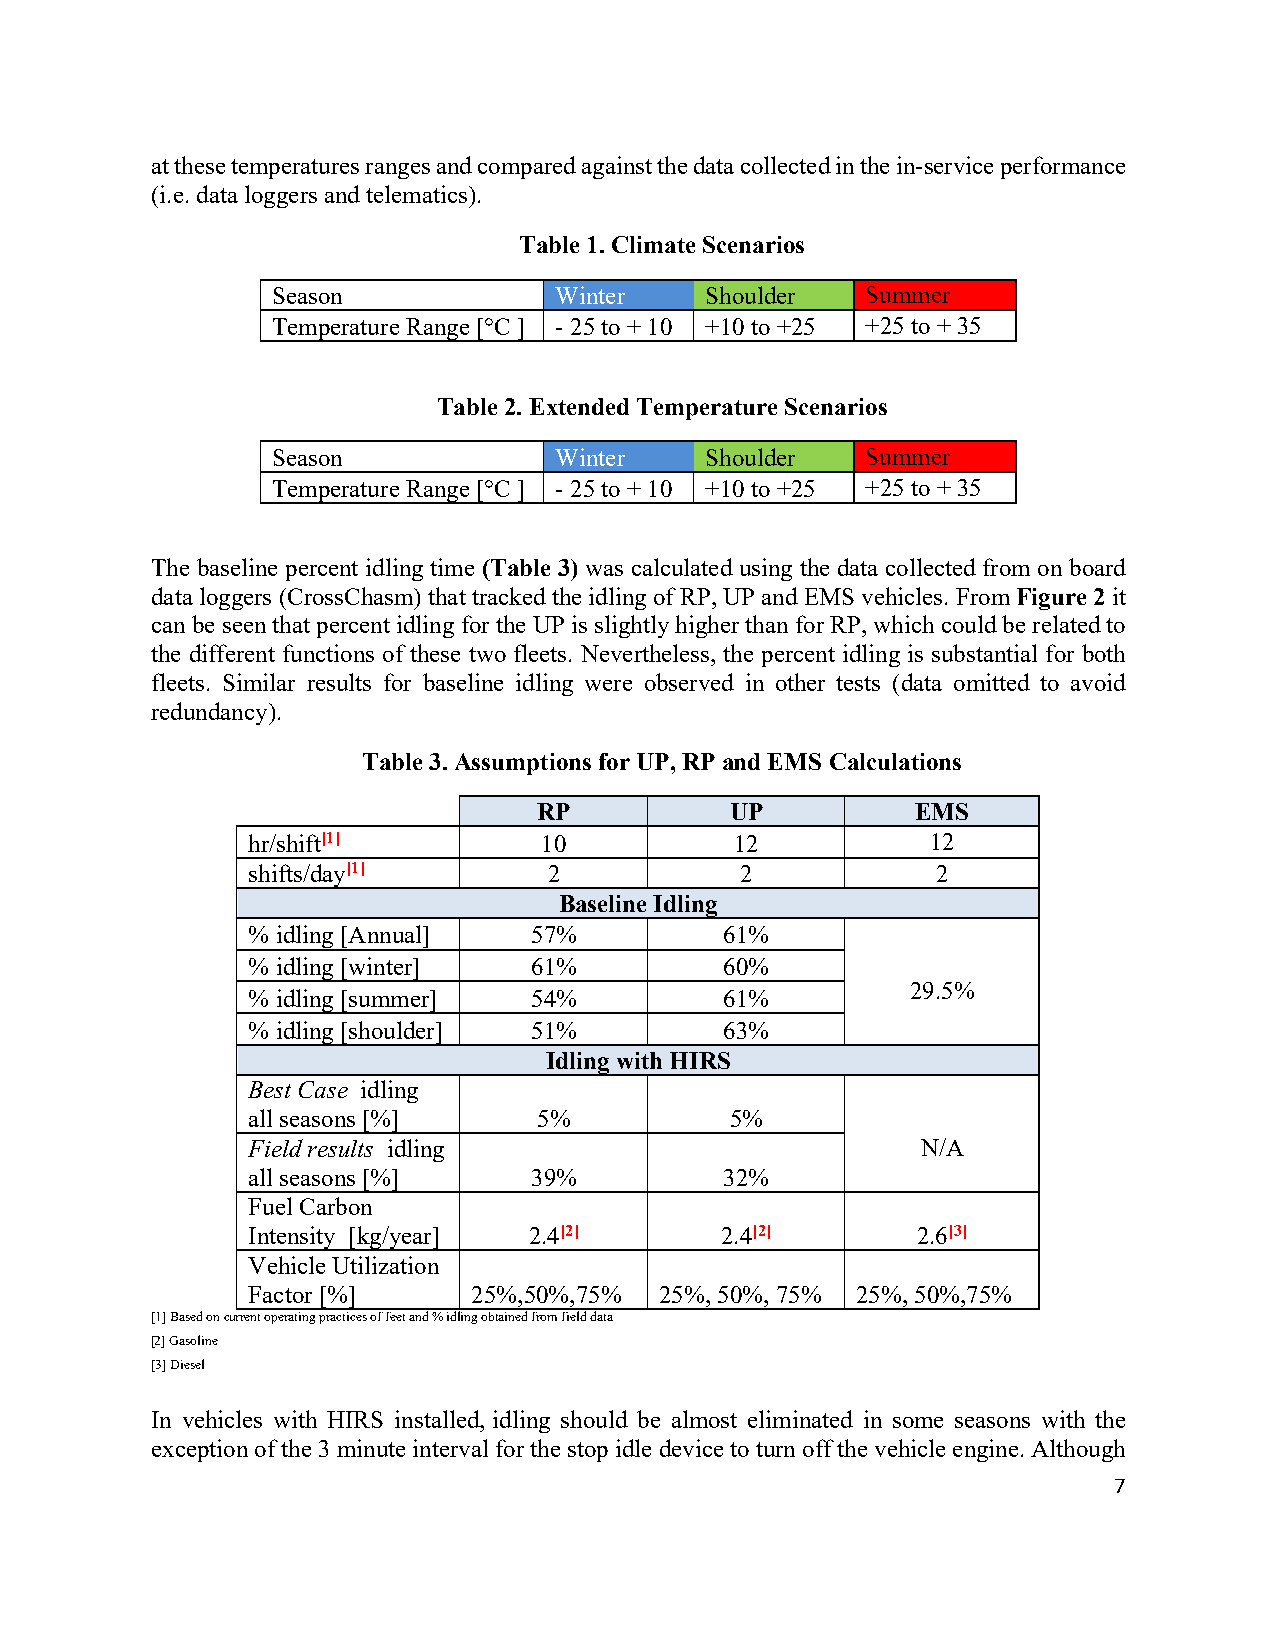
at these temperatures ranges and compared against the data collected in the in-service performance
 (i.e. data loggers and telematics).
 Table 1. Climate Scenarios
 Season             Winter    Shoulder  Summer
 Temperature Range [°C ] - 25 to + 10 +10 to +25 +25 to + 35
 Table 2. Extended Temperature Scenarios
 Season             Winter    Shoulder  Summer
 Temperature Range [°C ] - 25 to + 10 +10 to +25 +25 to + 35
 The baseline percent idling time (Table 3) was calculated using the data collected from on board
 data loggers (CrossChasm) that tracked the idling of RP, UP and EMS vehicles. From Figure 2 it
 can be seen that percent idling for the UP is slightly higher than for RP, which could be related to
 the different functions of these two fleets. Nevertheless, the percent idling is substantial for both
 fleets. Similar results for baseline idling were observed in other tests (data omitted to avoid
 redundancy).
 Table 3. Assumptions for UP, RP and EMS Calculations
 RP          UP           EMS
 hr/shift[1]         10           12           12
 shifts/day[1]       2            2            2
 Baseline Idling
 % idling [Annual]  57%          61%
 % idling [winter]  61%          60%
 29.5%
 % idling [summer]  54%          61%
 % idling [shoulder] 51%         63%
 Idling with HIRS
 Best Case idling
 all seasons [%]     5%          5%
 Field results idling                         N/A
 all seasons [%]    39%          32%
 Fuel Carbon
 Intensity [kg/year] 2.4[2]      2.4[2]       2.6[3]
 Vehicle Utilization
 Factor [%]     25%,50%,75%  25%, 50%, 75% 25%, 50%,75%
 [1] Based on current operating practices of feet and % idling obtained from field data
 [2] Gasoline
 [3] Diesel
 In vehicles with HIRS installed, idling should be almost eliminated in some seasons with the
 exception of the 3 minute interval for the stop idle device to turn off the vehicle engine. Although
 7